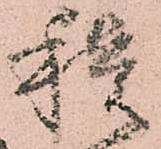
積